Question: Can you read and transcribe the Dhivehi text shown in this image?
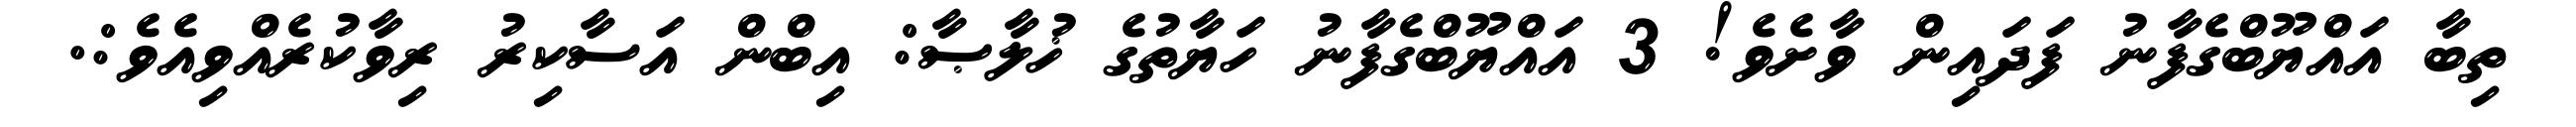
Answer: ތިބާ އައްޔޫބްގެފާނު ފަދައިން ވާށެވެ! 3 އައްޔޫބްގެފާނު ހަޔާތުގެ ޚުލާޞާ: އިބްން އަސާކިރު ރިވާކުރެއްވިއެވެ:.